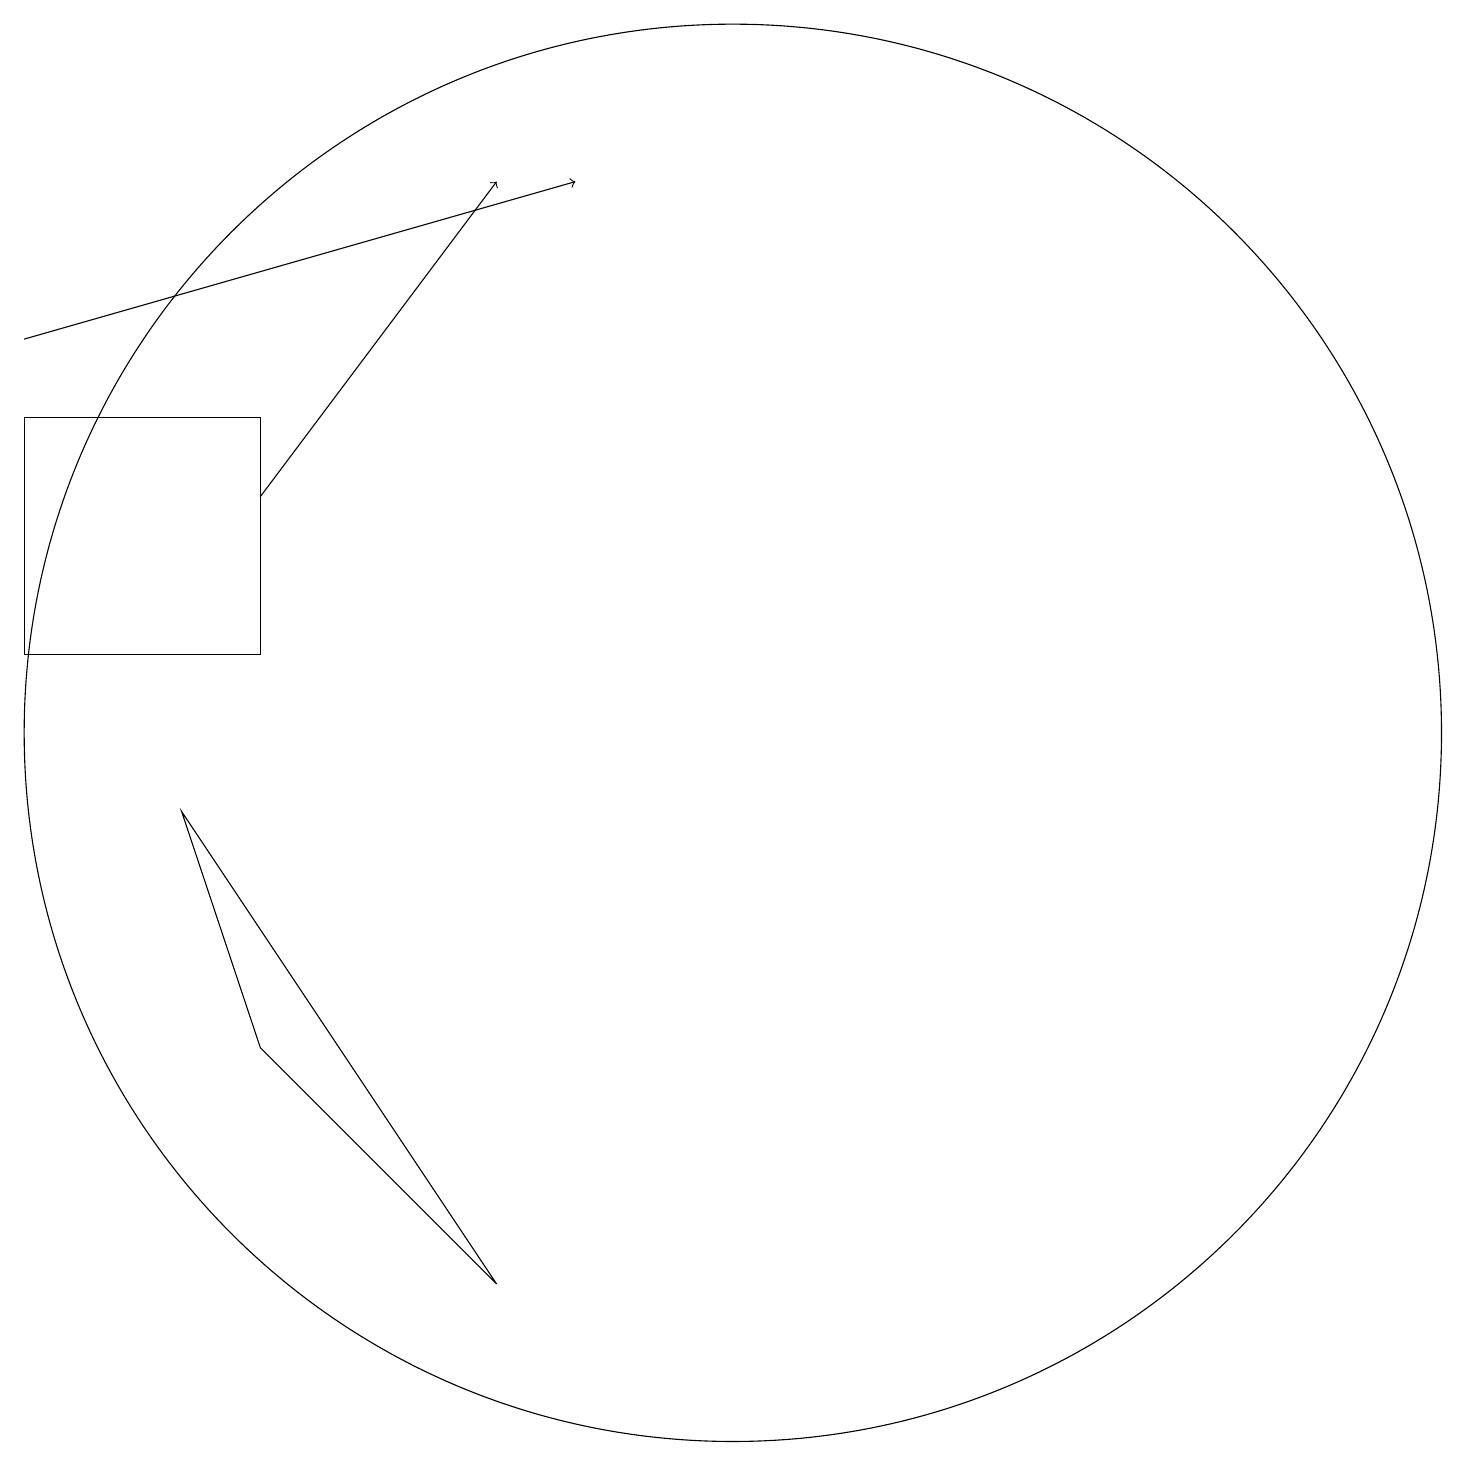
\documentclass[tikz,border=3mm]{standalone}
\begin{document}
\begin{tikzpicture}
\draw (10,10) circle (9);
\draw[->] (1,15) -- (8,17);
\draw (3,9) -- (7,3) -- (4,6) -- cycle;
\draw (1,14) rectangle (4,11);
\draw[->] (4,13) -- (7,17);
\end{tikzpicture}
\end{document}